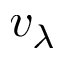
v _ { \lambda }